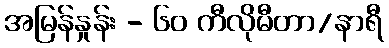
အမြန်နှုန်း - ၆၀ ကီလိုမီတာ/နာရီ